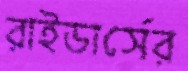
রাইডার্সের